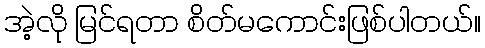
အဲ့လို မြင်ရတာ စိတ်မကောင်းဖြစ်ပါတယ်။